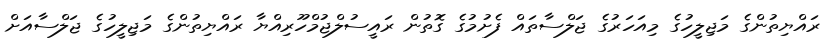
ރައްޔިތުންގެ މަޖިލީހުގެ މިއަހަރުގެ ޖަލްސާތައް ފެށުމުގެ ގޮތުން ރައީސުލްޖުމްހޫރިއްޔާ ރައްޔިތުންގެ މަޖިލީހުގެ ޖަލްސާއަށް